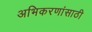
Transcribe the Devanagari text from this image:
अभिकरणांसाठी